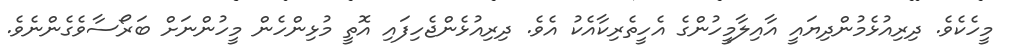
މީހެކެވެ. ދިރިއުޅެމުންދިޔައީ އާއިލާމީހުންގެ އެހީތެރިކާއެކު އެވެ. ދިިރިއުޅެންޖެހިފައި އޮތީ މުޅިންހެން މީހުންނަށް ބަރޯސާވެގެންނެވެ.